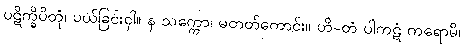
ပဋိက္ခိပိတုံ၊ ပယ်ခြင်းငှါ။ န သက္ကော၊ မတတ်ကောင်း။ ဟိ-တံ ပါကဋံ ကရောမိ၊